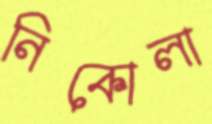
নিকোলা